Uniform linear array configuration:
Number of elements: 32
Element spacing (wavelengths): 0.5
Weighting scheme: binomial
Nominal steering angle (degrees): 30
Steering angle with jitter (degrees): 28.57
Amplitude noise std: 0.05
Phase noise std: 0.05

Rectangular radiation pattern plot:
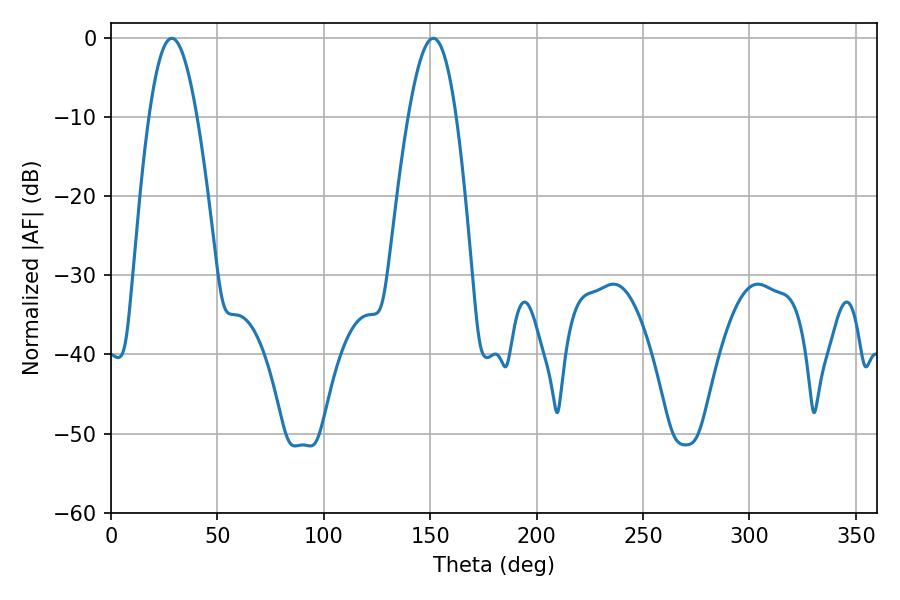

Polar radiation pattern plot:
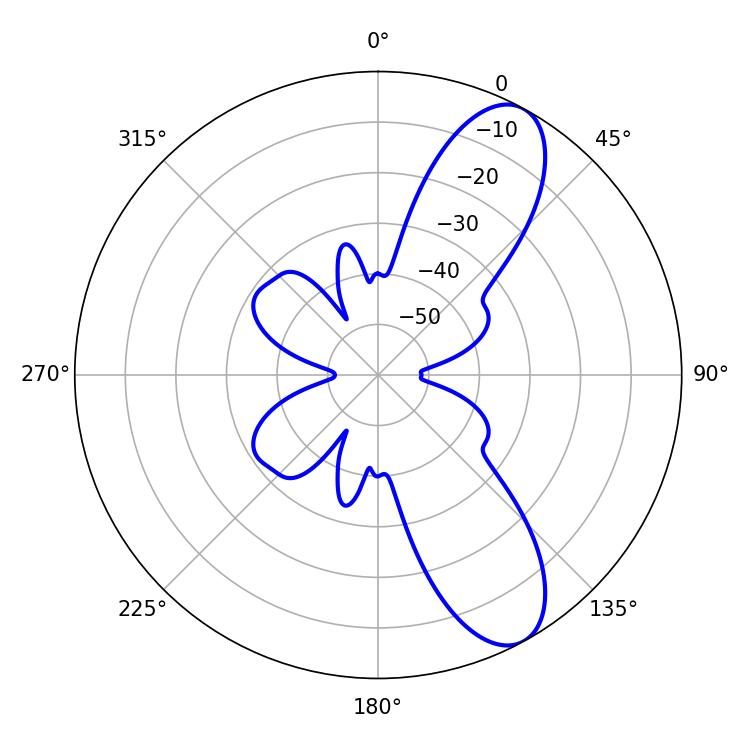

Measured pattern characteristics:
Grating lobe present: FALSE
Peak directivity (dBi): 9.547
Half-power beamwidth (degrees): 12.24
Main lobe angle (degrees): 28.62